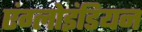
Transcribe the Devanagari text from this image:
एंग्लोइंडियन